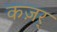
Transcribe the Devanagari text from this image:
कज़र्